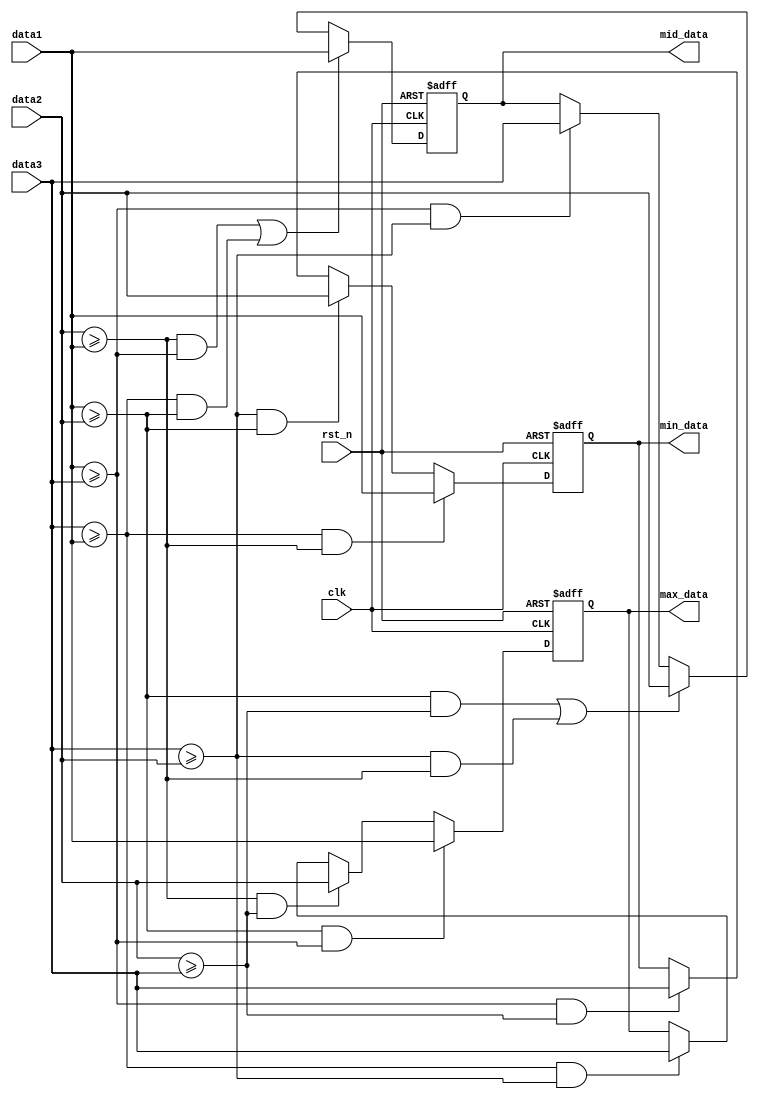
	module sort
	//========================<  >==========================================
	(
	//system --------------------------------------------
	input   wire                clk                     ,
	input   wire                rst_n                   ,
	//input ---------------------------------------------
	input   wire    [7:0]       data1                   ,
	input   wire    [7:0]       data2                   ,
	input   wire    [7:0]       data3                   ,
	//output --------------------------------------------
	output  reg     [7:0]       max_data                , //
	output  reg     [7:0]       mid_data                , //
	output  reg     [7:0]       min_data                  //
	);
	//==========================================================================
	//==    
	//==========================================================================
	always @(posedge clk or negedge rst_n) begin
		if(!rst_n)
			max_data <= 8'd0;
		else if(data1 >= data2 && data1 >= data3) 
			max_data <= data1;
		else if(data2 >= data1 && data2 >= data3)
			max_data <= data2;
		else if(data3 >= data1 && data3 >= data2)
			max_data <= data3;
	end
	//==========================================================================
	//==    
	//==========================================================================
	always @(posedge clk or negedge rst_n) begin
		if(!rst_n)
			mid_data <= 8'd0;
		else if((data2 >= data1 && data1 >= data3) || (data3 >= data1 && data1 >= data2))
			mid_data <= data1;
		else if((data1 >= data2 && data2 >= data3) || (data3 >= data2 && data2 >= data1))
			mid_data <= data2;
		else if((data1 >= data3 && data3 >= data2) || (data1 >= data3 && data3 >= data2))
			mid_data <= data3;
	end
	//==========================================================================
	//==    
	//==========================================================================
	always @(posedge clk or negedge rst_n) begin
		if(!rst_n)
			min_data <= 8'd0;
		else if(data3 >= data1 && data2 >= data1)
			min_data <= data1;
		else if(data3 >= data2 && data1 >= data2)
			min_data <= data2;
		else if(data1 >= data3 && data2 >= data3)
			min_data <= data3;
	end
	
	
	
	endmodule